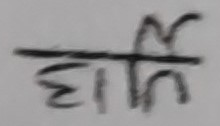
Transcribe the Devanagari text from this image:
वेर्त्ति